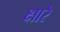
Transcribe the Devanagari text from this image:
क्षारे